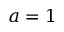
a = 1